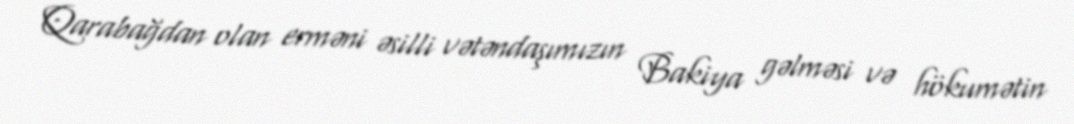
Qarabağdan olan erməni əsilli vətəndaşımızın Bakiya gəlməsi və hökumətin